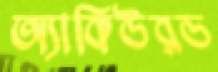
অ্যাকিউরড